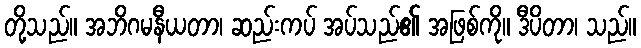
တို့သည်။ အဘိဂမနီယတာ၊ ဆည်းကပ် အပ်သည်၏ အဖြစ်ကို။ ဒီပိတာ၊ သည်။